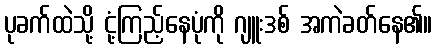
ပုခက်ထဲသို့ ငုံ့ကြည့်နေပုံကို ဂျူးဒစ် အကဲခတ်နေ၏။